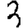
Digit: 3